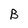
Character: B